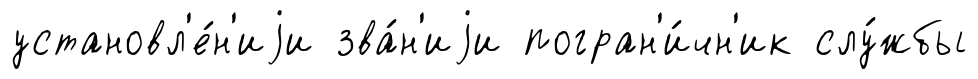
установл'е́н'иjи зва́н'иjи погран'и́чн'ик слу́жбы